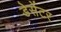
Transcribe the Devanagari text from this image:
डेसेंटर